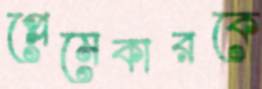
প্লেমেকারকে